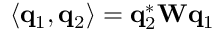
\langle { \bf q } _ { 1 } , { \bf q } _ { 2 } \rangle = { \bf q } _ { 2 } ^ { * } { \bf W } { \bf q } _ { 1 }